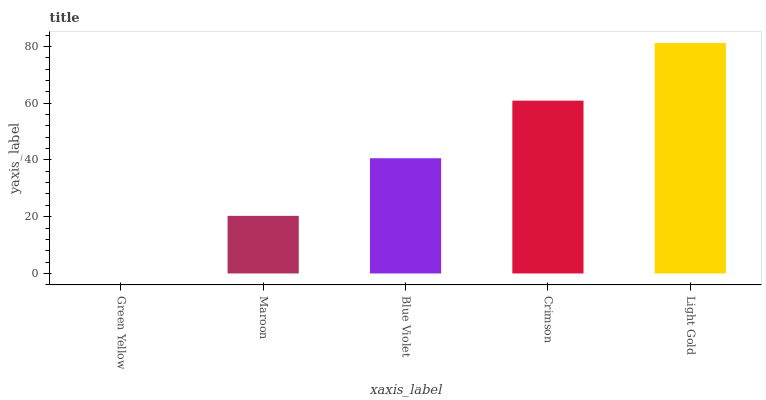
| xaxis_label | bars |
 | --- | --- |
 | Green Yellow | 0 |
 | Maroon | 20.3 |
 | Blue Violet | 40.6 |
 | Crimson | 60.9 |
 | Light Gold | 81.2 |